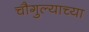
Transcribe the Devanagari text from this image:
चौगुल्याच्या